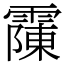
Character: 䨯